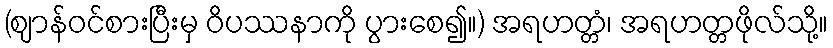
(ဈာန်ဝင်စားပြီးမှ ဝိပဿနာကို ပွားစေ၍။) အရဟတ္တံ၊ အရဟတ္တဖိုလ်သို့။